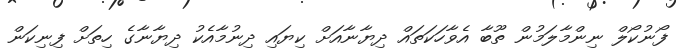
ފޯނުކޯލް ނިންމާލަމުން ތޫބާ އެވާހަކަތައް ދިޔާނާއަށް ކިޔައި ދިނުމާއެކު ދިޔާނާގެ ހިތަށް ފިނިކަން